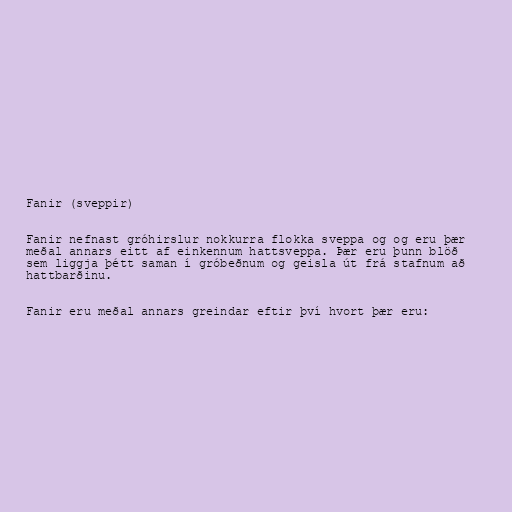
Fanir (sveppir)

Fanir nefnast gróhirslur nokkurra flokka sveppa og og eru þær
meðal annars eitt af einkennum hattsveppa. Þær eru þunn blöð
sem liggja þétt saman í gróbeðnum og geisla út frá stafnum að
hattbarðinu.

Fanir eru meðal annars greindar eftir því hvort þær eru: